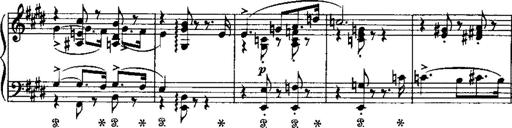
Title: LiebestrÃ¤ume
Composer: Franz Behr
Key: E-flat major